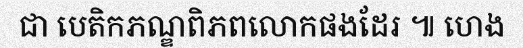
ជា បេតិកភណ្ឌពិភពលោកផងដែរ ៕ ហេង